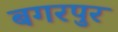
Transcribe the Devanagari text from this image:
बगरपुर